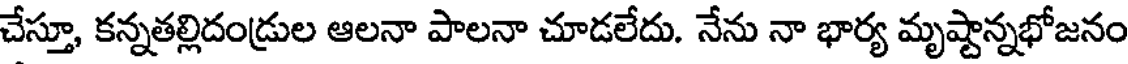
చేస్తూ, కన్నతల్లిదండ్రుల ఆలనా పాలనా చూడలేదు. నేను నా భార్య మృష్టాన్నభోజనం